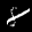
Label: 8